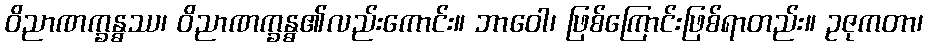
ဝိညာဏက္ခန္ဓဿ၊ ဝိညာဏက္ခန္ဓ၏လည်းကောင်း။ ဘာဝေါ၊ ဖြစ်ကြောင်းဖြစ်ရာတည်း။ ဥဇုကတာ၊